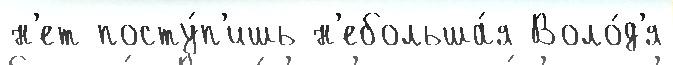
н'ет посту́п'ишь н'ебольша́я Воло́д'я